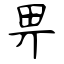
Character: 畀